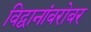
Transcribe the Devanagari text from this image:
विद्वानांबरोबर